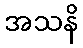
အသနိ